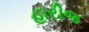
હારીજ